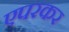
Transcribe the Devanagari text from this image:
एपरकर